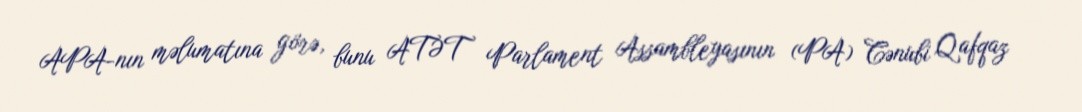
APA-nın məlumatına görə, bunu ATƏT Parlament Assambleyasının (PA) Cənubi Qafqaz